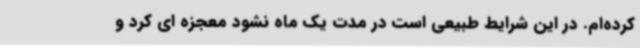
کرده‌ام. در این شرایط طبیعی است در مدت یک ماه نشود معجزه ای کرد و